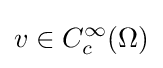
v\in C_{c}^{\infty }(\Omega )